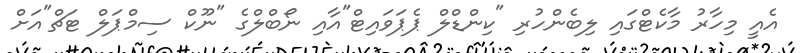
އެއީ މިހާރު މާކެޓްގައި ލިބެންހުރި "ކިންޑްލް ޕެޕަވައިޓް"އާއި ނޯބްލްގެ "ނޫކް ސިމްޕަލް ޓަޗް"އަށް